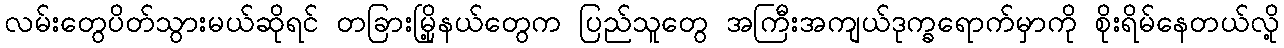
လမ်းတွေပိတ်သွားမယ်ဆိုရင် တခြားမြို့နယ်တွေက ပြည်သူတွေ အကြီးအကျယ်ဒုက္ခရောက်မှာကို စိုးရိမ်နေတယ်လို့